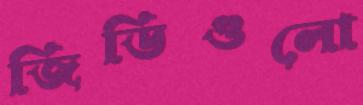
জিডিগুলো